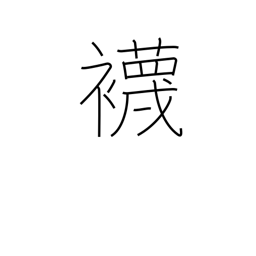
Meaning: socks